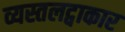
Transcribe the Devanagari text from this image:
व्यस्तलट्वाकार